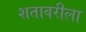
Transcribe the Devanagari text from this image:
शतावरीला